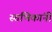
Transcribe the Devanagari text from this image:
स्तंभिकांनी